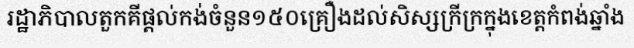
រដ្ឋាភិបាលតួកគីផ្តល់កង់ចំនួន១៥០គ្រឿងដល់សិស្សក្រីក្រក្នុងខេត្តកំពង់ឆ្នាំង